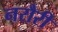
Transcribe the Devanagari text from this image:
नरौरी